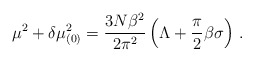
\begin{align*}\mu^2 + \delta\mu_{(0)}^2 = \frac{3 N \beta^2}{2\pi^2}\left(\Lambda + \frac{\pi}{2}\beta\sigma\right)\,.\end{align*}